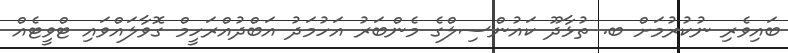
ބައިވެރި ނުކުރުމަށް ބ. ތުޅާދޫ ކައުންސިލްގެ މެންބަރު އަހުމަދު އަބްދުއްރަހީމް ގޮވާލައްވައި ޓްވީޓެއް